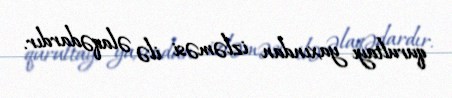
qurultayı yaxından izləməsi ilə əlaqədardır.